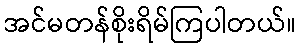
အင်မတန်စိုးရိမ်ကြပါတယ်။